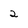
Character: 2